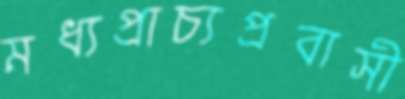
মধ্যপ্রাচ্যপ্রবাসী